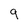
Character: 9